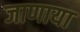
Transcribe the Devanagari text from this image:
जाणाया